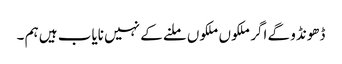
ڈھونڈو گے اگر ملکوں ملکوں ملنے کے نہیں نایاب ہیں ہم ۔